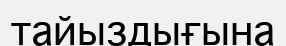
тайыздығына